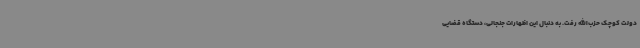
دولت کوچک حزب‌الله رفت. به دنبال این اظهارات جنجالی، دستگاه قضایی